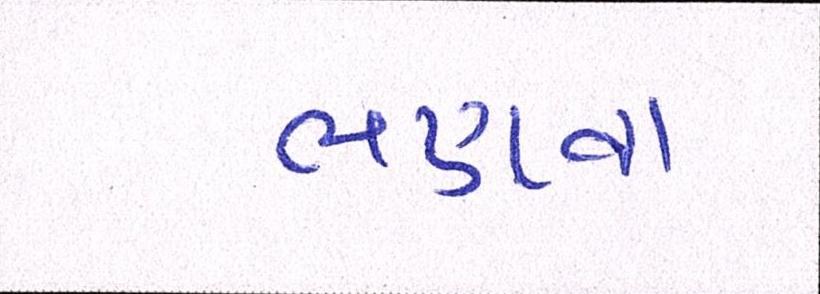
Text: ભણવા